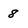
Character: 8